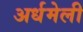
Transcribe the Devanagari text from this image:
अर्धमेली